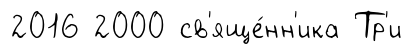
2016 2000 св'яще́нн'ика Тр'и